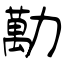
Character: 勱